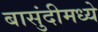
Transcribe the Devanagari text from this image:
बासुंदीमध्ये